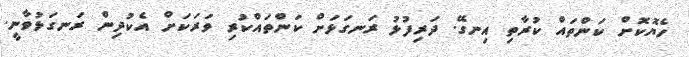
ހެޔޮކޮށް ކަންތައް ކުރާތި އިނގޭ. ދަރިފުޅު ރަނގަޅަށް ކަންތައްކުރި ވަރަކަށް އެކުދިން ރަނގަޅުވާނީ.